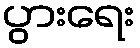
ပွားရေး